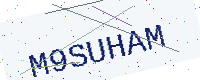
Text: M9SUHAM